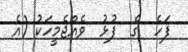
ފަހެ  ގެ  ފުޅު  ވެއްޖެމީހަކު (އެ